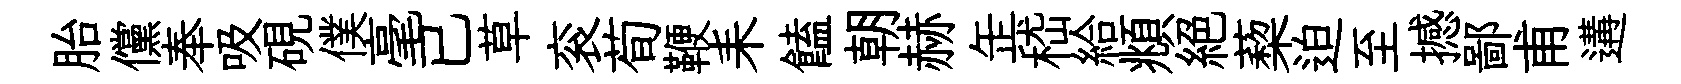
胎儻奉吸硯僕毫已草衮荀鞭耒饁朝赫𦈢嵇給頫絕蔾迫至撼鄙甫遘